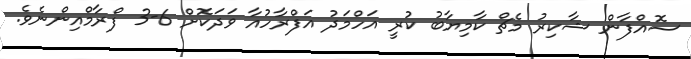
ސޮއްފާން ޝާކިރު މެޗް ކާމިޔާބު ކުރީ އަހްމަދު އަފްރާހުއާ ވަދަކޮށް 6-3 ފްރާމްއިންނެވެ.